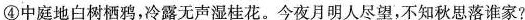
④中庭地白树栖鸦，冷露无声湿桂花。今夜月明人尽望，不知秋思落谁家?